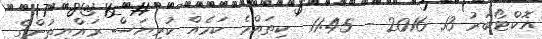
އޮކްޓޯބަރު 13